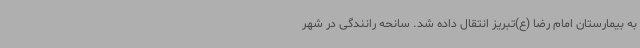
به بیمارستان امام رضا (ع)تبریز انتقال داده شد. سانحه رانندگی در شهر